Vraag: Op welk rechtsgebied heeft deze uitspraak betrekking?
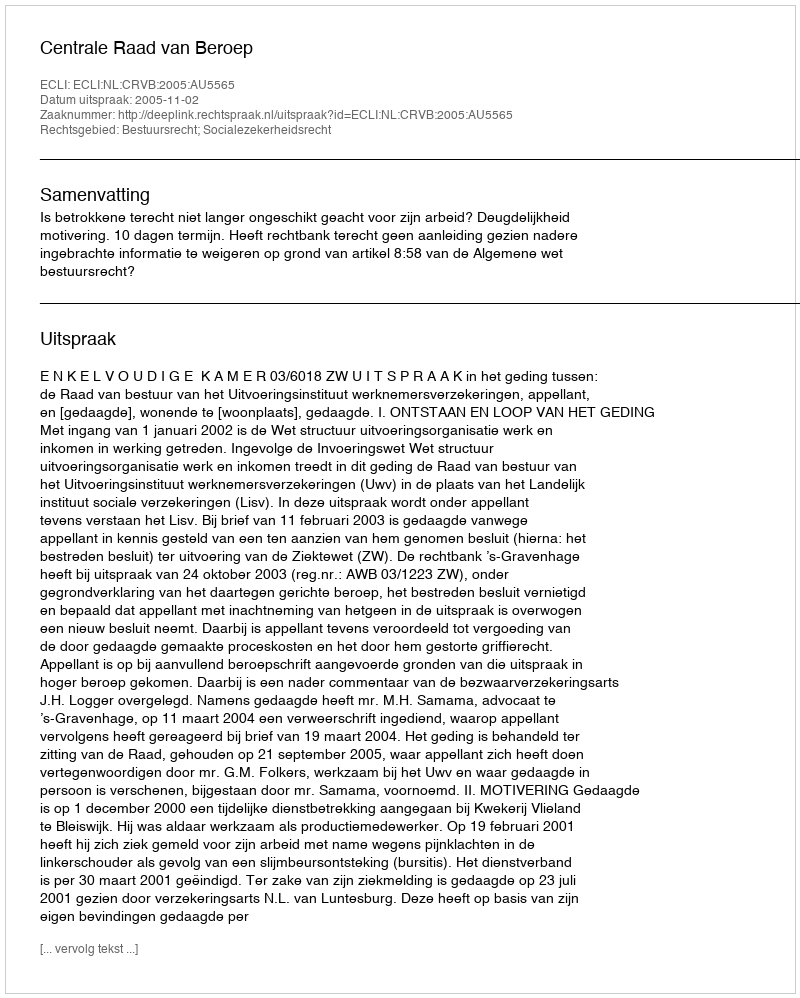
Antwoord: Bestuursrecht; Socialezekerheidsrecht